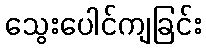
သွေးပေါင်ကျခြင်း